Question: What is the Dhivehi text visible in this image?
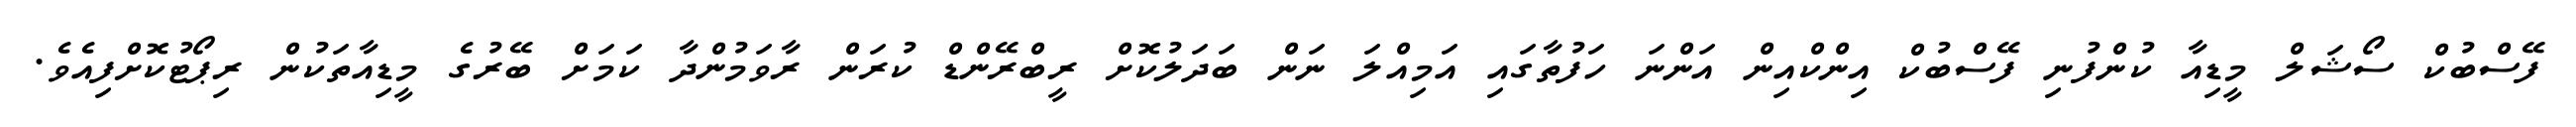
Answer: ފޭސްބުކް ސޯޝަލް މީޑިއާ ކުންފުނި ފޭސްބުކް އިންކްއިން އަންނަ ހަފުތާގައި އަމިއްލަ ނަން ބަދަލުކޮށް ރީބްރޭންޑް ކުރަން ރާވަމުންދާ ކަމަށް ބޭރުގެ މީޑިއާތަކުން ރިޕޯޓުކޮށްފިއެވެ.